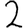
Digit: 2